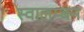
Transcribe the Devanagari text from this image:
स्वालम्बन